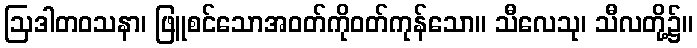
ဩဒါတဝသနာ၊ ဖြူစင်သောအဝတ်ကိုဝတ်ကုန်သော။ သီလေသု၊ သီလတို့၌။